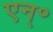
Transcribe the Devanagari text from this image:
एन्॰